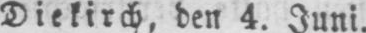
Diekirch, den 4. Juni.